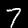
Digit: 7